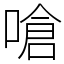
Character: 嗆